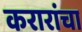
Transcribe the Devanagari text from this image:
करारांचा